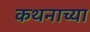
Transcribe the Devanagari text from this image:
कथनाच्या